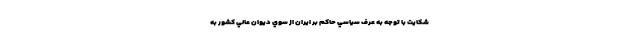
شكايت با توجه به عرف سياسي حاكم بر ايران از سوي ديوان عالي كشور به